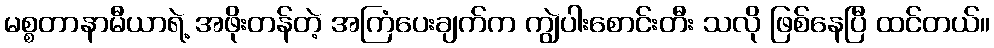
မစ္စတာနာမီယာရဲ့ အဖိုးတန်တဲ့ အကြံပေးချက်က ကျွဲပါးစောင်းတီး သလို ဖြစ်နေပြီ ထင်တယ်။